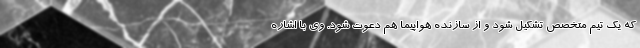
که یک تیم متخصص تشکیل شود و از سازنده هواپیما هم دعوت شود. وی با اشاره